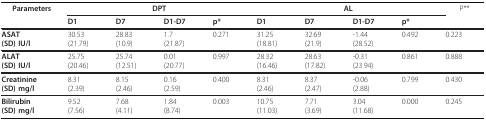
<table><thead><tr><td><b>Parameters</b></td><td colspan="4"><b>DPT</b></td><td colspan="4"><b>AL</b></td><td><b>P**</b></td></tr><tr><td></td><td><b>D1</b></td><td><b>D7</b></td><td><b>D1-D7</b></td><td><b>p*</b></td><td><b>D1</b></td><td><b>D7</b></td><td><b>D1-D7</b></td><td><b>p*</b></td><td></td></tr></thead><tbody><tr><td><b>ASAT</b><b>(SD) IU/l</b></td><td>30.53(21.79)</td><td>28.83(10.9)</td><td>1.7(21.87)</td><td>0.271</td><td>31.25(18.81)</td><td>32.69(21.9)</td><td>-1.44(28.52)</td><td>0.492</td><td>0.223</td></tr><tr><td><b>ALAT</b><b>(SD) IU/l</b></td><td>25.75(20.46)</td><td>25.74(12.51)</td><td>0.01(20.77)</td><td>0.997</td><td>28.32(16.46)</td><td>28.63(17.82)</td><td>-0.31(23.94)</td><td>0.861</td><td>0.888</td></tr><tr><td><b>Creatinine</b><b>(SD) mg/l</b></td><td>8.31(2.39)</td><td>8.15(2.46)</td><td>0.16(2.59)</td><td>0.400</td><td>8.31(2.46)</td><td>8.37(2.47)</td><td>-0.06(2.88)</td><td>0.799</td><td>0.430</td></tr><tr><td><b>Bilirubin</b><b>(SD) mg/l</b></td><td>9.52(7.56)</td><td>7.68(4.11)</td><td>1.84(8.74)</td><td>0.003</td><td>10.75(11.03)</td><td>7.71(3.69)</td><td>3.04(11.68)</td><td>0.000</td><td>0.245</td></tr></tbody></table>